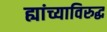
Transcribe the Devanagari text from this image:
ह्यांच्याविरुद्ध